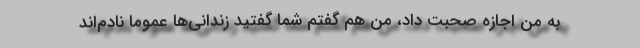
به من اجازه صحبت داد، من ‌هم گفتم شما گفتید زندانی‌ها عموما نادم‌اند